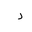
Letter: _dal